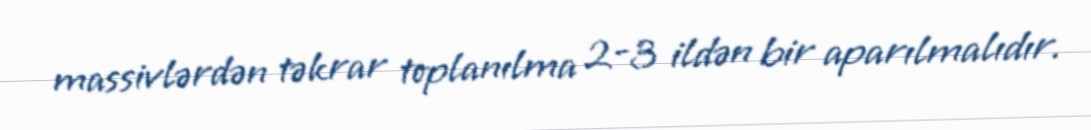
massivlərdən təkrar toplanılma 2-3 ildən bir aparılmalıdır.